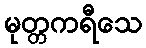
မုတ္တကရီသေ